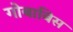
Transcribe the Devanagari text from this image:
गोबाबिस